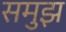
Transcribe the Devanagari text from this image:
समुझ